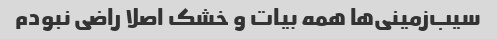
سیب‌زمینی‌ها همه بیات و خشک اصلا راضی نبودم